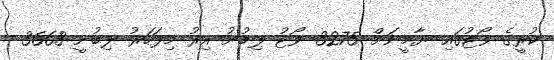
ކުރީގެ ވޯޓުގައި ޔާމީނަށް 3275 ވޯޓު ލިބުނު އިރު މިފަހަރު ލިބުނީ 3668